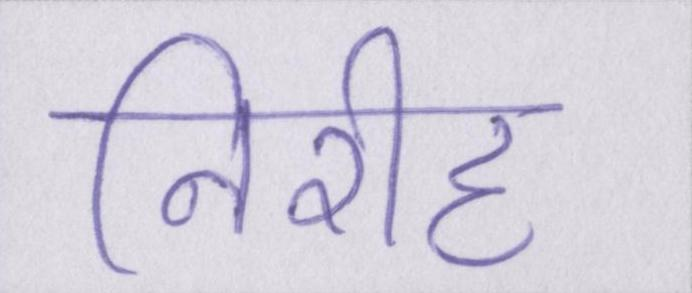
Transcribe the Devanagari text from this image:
निरीह